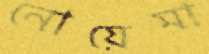
নোয়েমা